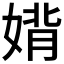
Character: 𫱉